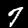
Digit: 7